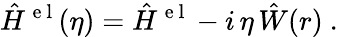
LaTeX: \hat{H}^{\mathrm{~e~l~}}(\eta)=\hat{H}^{\mathrm{~e~l~}}-i\, \eta\, \hat{W}(r)~.